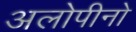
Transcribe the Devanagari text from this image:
अलोपीनो